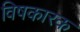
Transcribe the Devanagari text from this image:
विषकारक